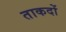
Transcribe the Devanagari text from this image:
ताकदों